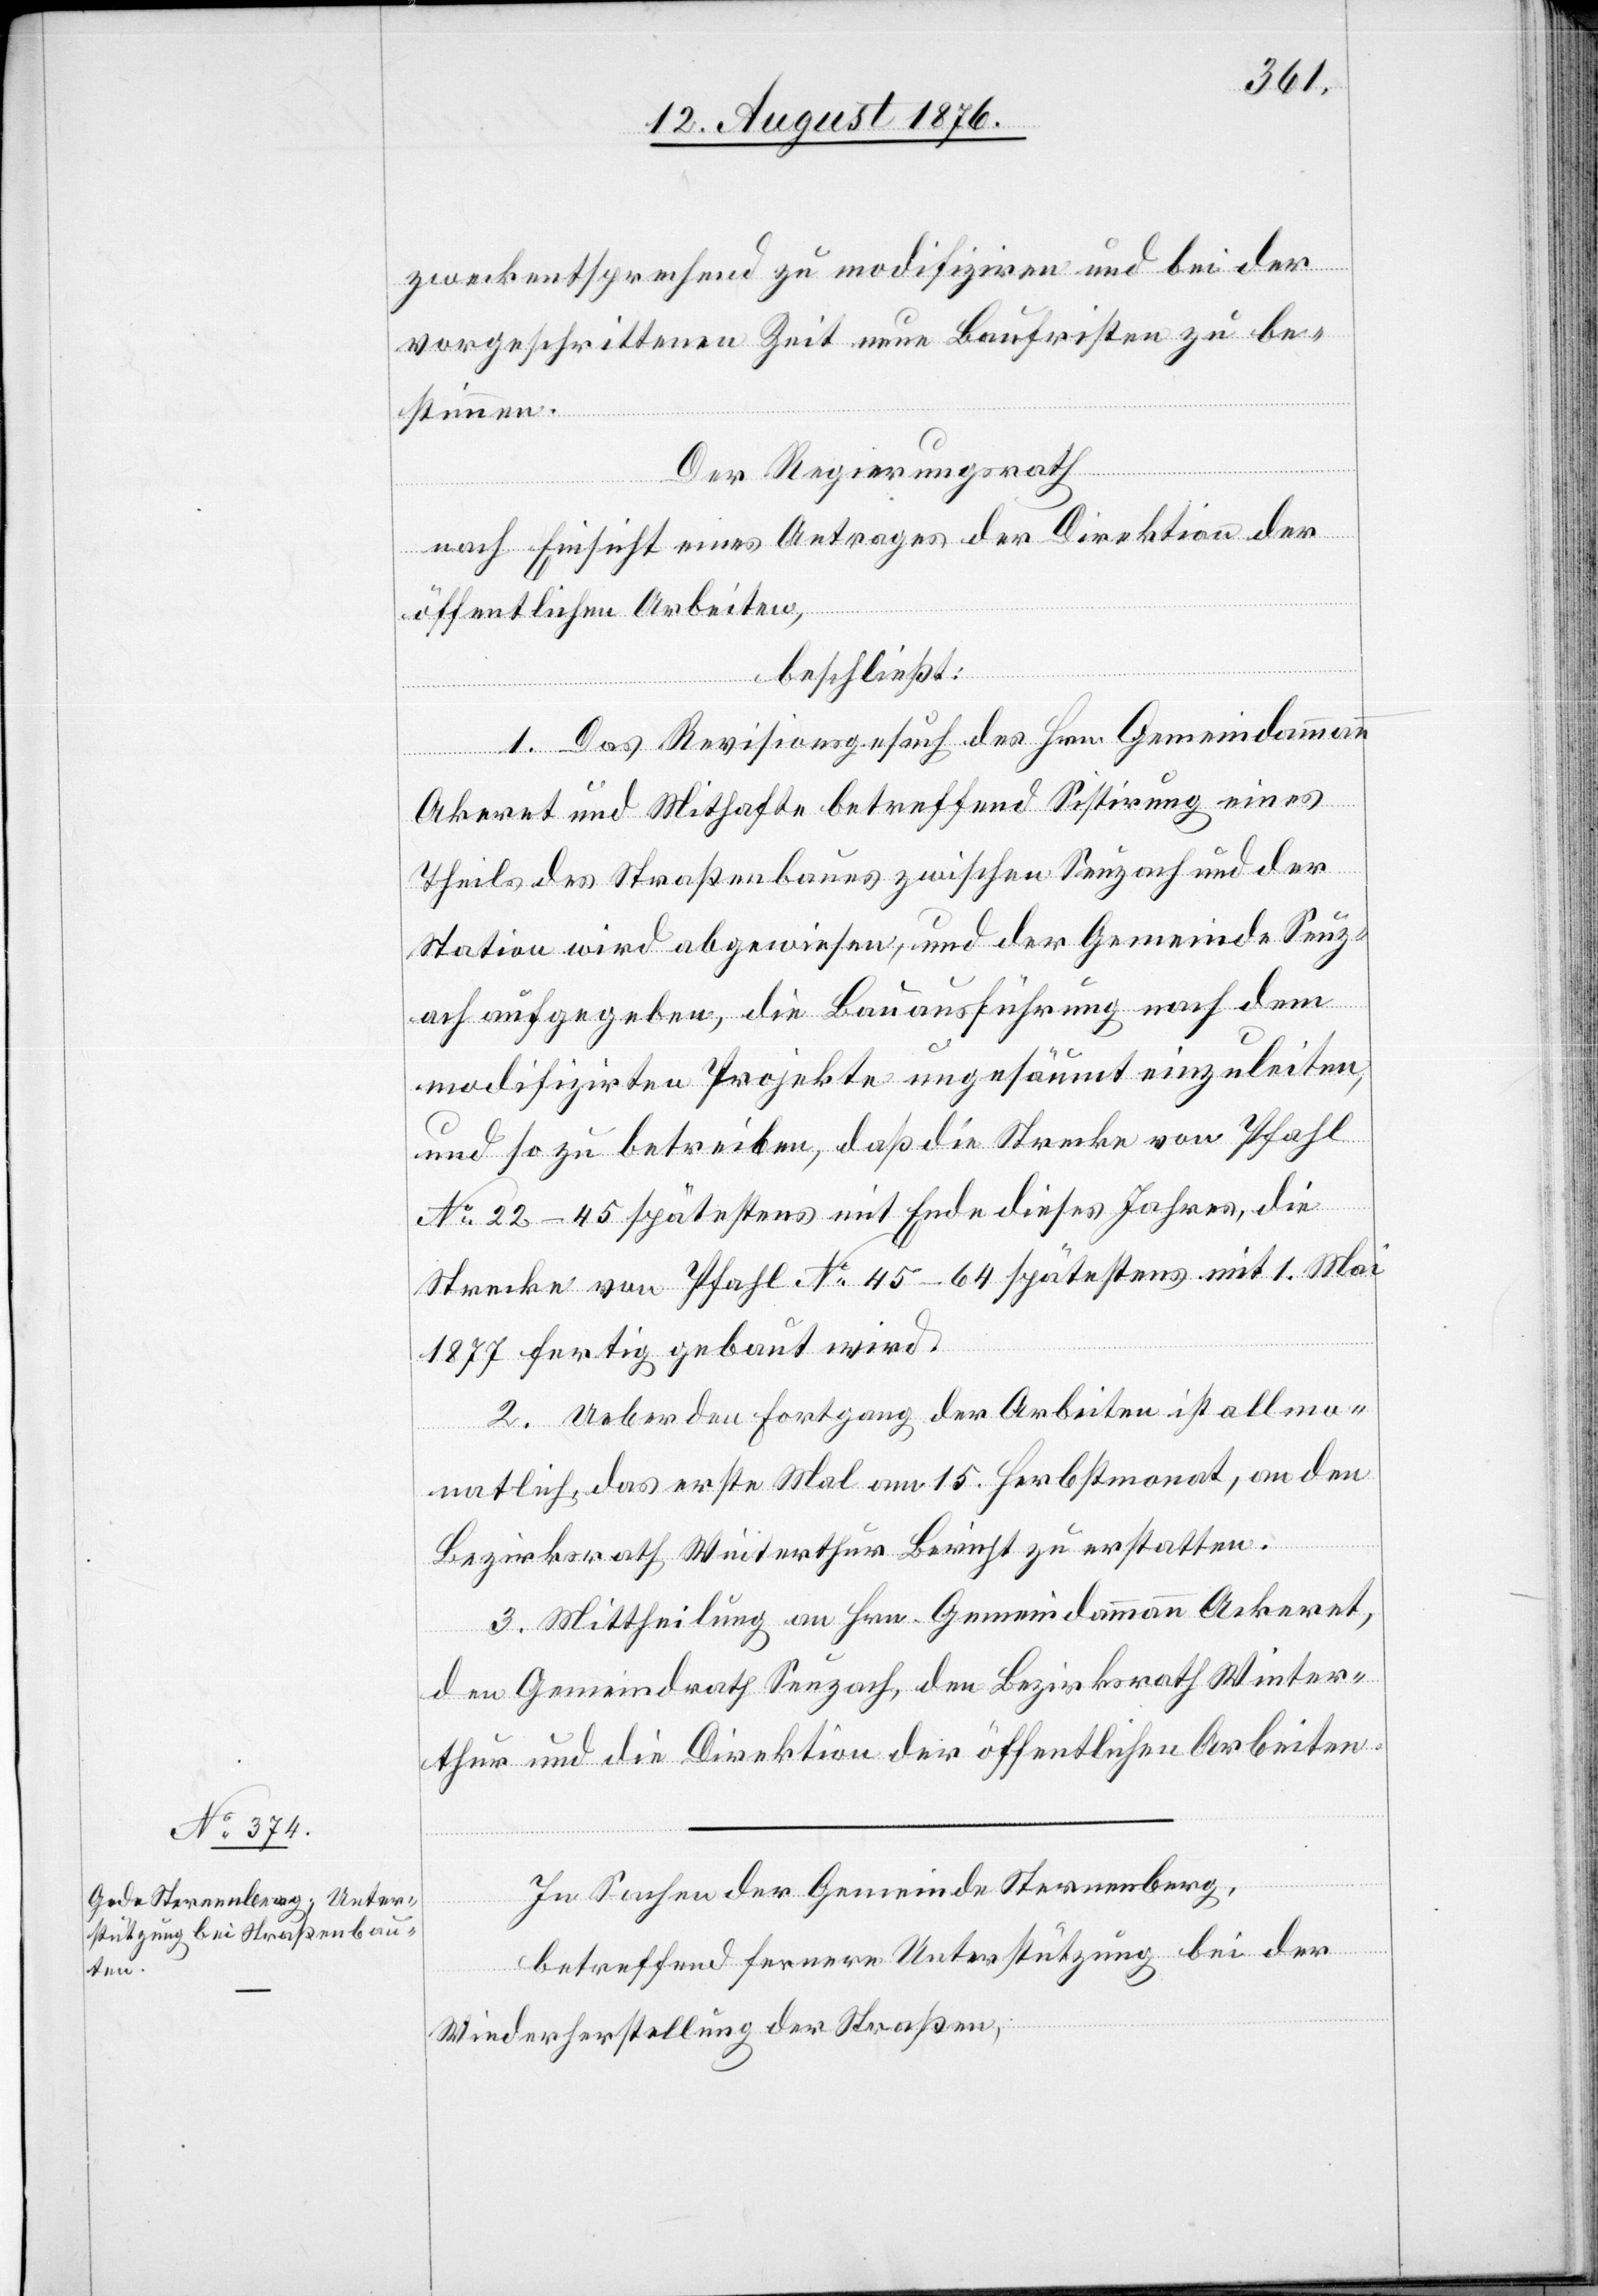
zweckentsprechend zu modifiziren und bei der
vorgeschrittenen Zeit neue Baufristen zu be¬
stimmen.
Der Regierungsrath
nach Einsicht eines Antrages der Direktion der
öffentlichen Arbeiten,
beschließt:
1. Das Revisionsgesuch des Hrn. Gemeindammann
Akeret und Mithafte betreffend Sistirung eines
Theils des Straßenbaues zwischen Seuzach und der
Station wird abgewiesen, und der Gemeinde Seuz¬
ach aufgegeben, die Bauausführung nach dem
modifizirten Projekte ungesäumt einzuleiten
und so zu betreiben, daß die Strecke von Pfahl
No 22–45 spätestens mit Ende dieses Jahres, die
Strecke von Pfahl No 45–64 spätestens mit 1. Mai
1877 fertig gebaut wird.
2. Ueber den Fortgang der Arbeiten ist allmo¬
natlich, das erste Mal am 15. Herbstmonat, an den
Bezirksrath Winterthur Bericht zu erstatten.
3. Mittheilung an den Gemeindammann Ackeret,
den Gemeindrath Seuzach, den Bezirksrath Winter¬
thur und die Direktion der öffentlichen Arbeiten.
In Sachen der Gemeinde Sternenberg,
betreffend fernere Unterstützung bei de
Wiederherstellung der Straßen,